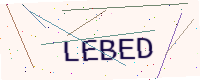
Text: LEBED